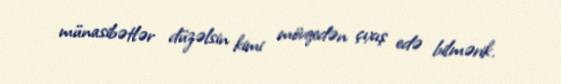
münasibətlər düzəlsin kimi mövqedən çıxış edə bilmərik.